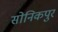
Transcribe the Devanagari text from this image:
सोनिकपुर